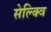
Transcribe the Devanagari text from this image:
सेल्क्वि